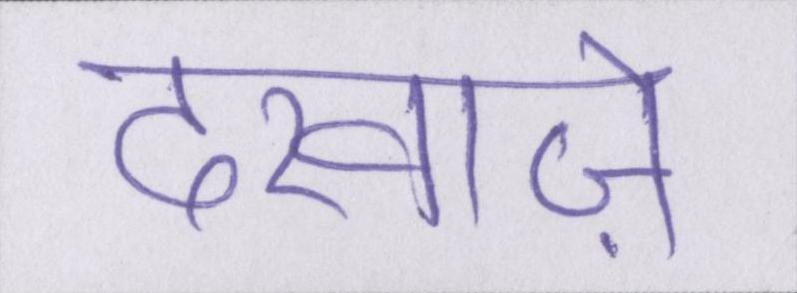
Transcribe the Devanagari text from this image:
दरवाज़े